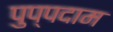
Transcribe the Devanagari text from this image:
पुप्पदाम